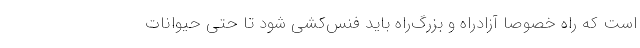
است که راه خصوصا آزادراه و بزرگ‌راه باید فنس‌کشی شود تا حتی حیوانات